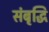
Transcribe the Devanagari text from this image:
संबृद्धि